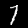
Label: 7